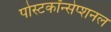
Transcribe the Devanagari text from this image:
पोस्टकॉन्सेप्शनल